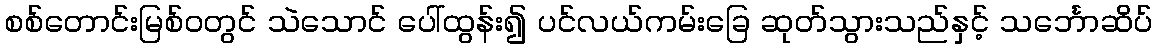
စစ်တောင်းမြစ်ဝတွင် သဲသောင် ပေါ်ထွန်း၍ ပင်လယ်ကမ်းခြေ ဆုတ်သွားသည်နှင့် သင်္ဘောဆိပ်